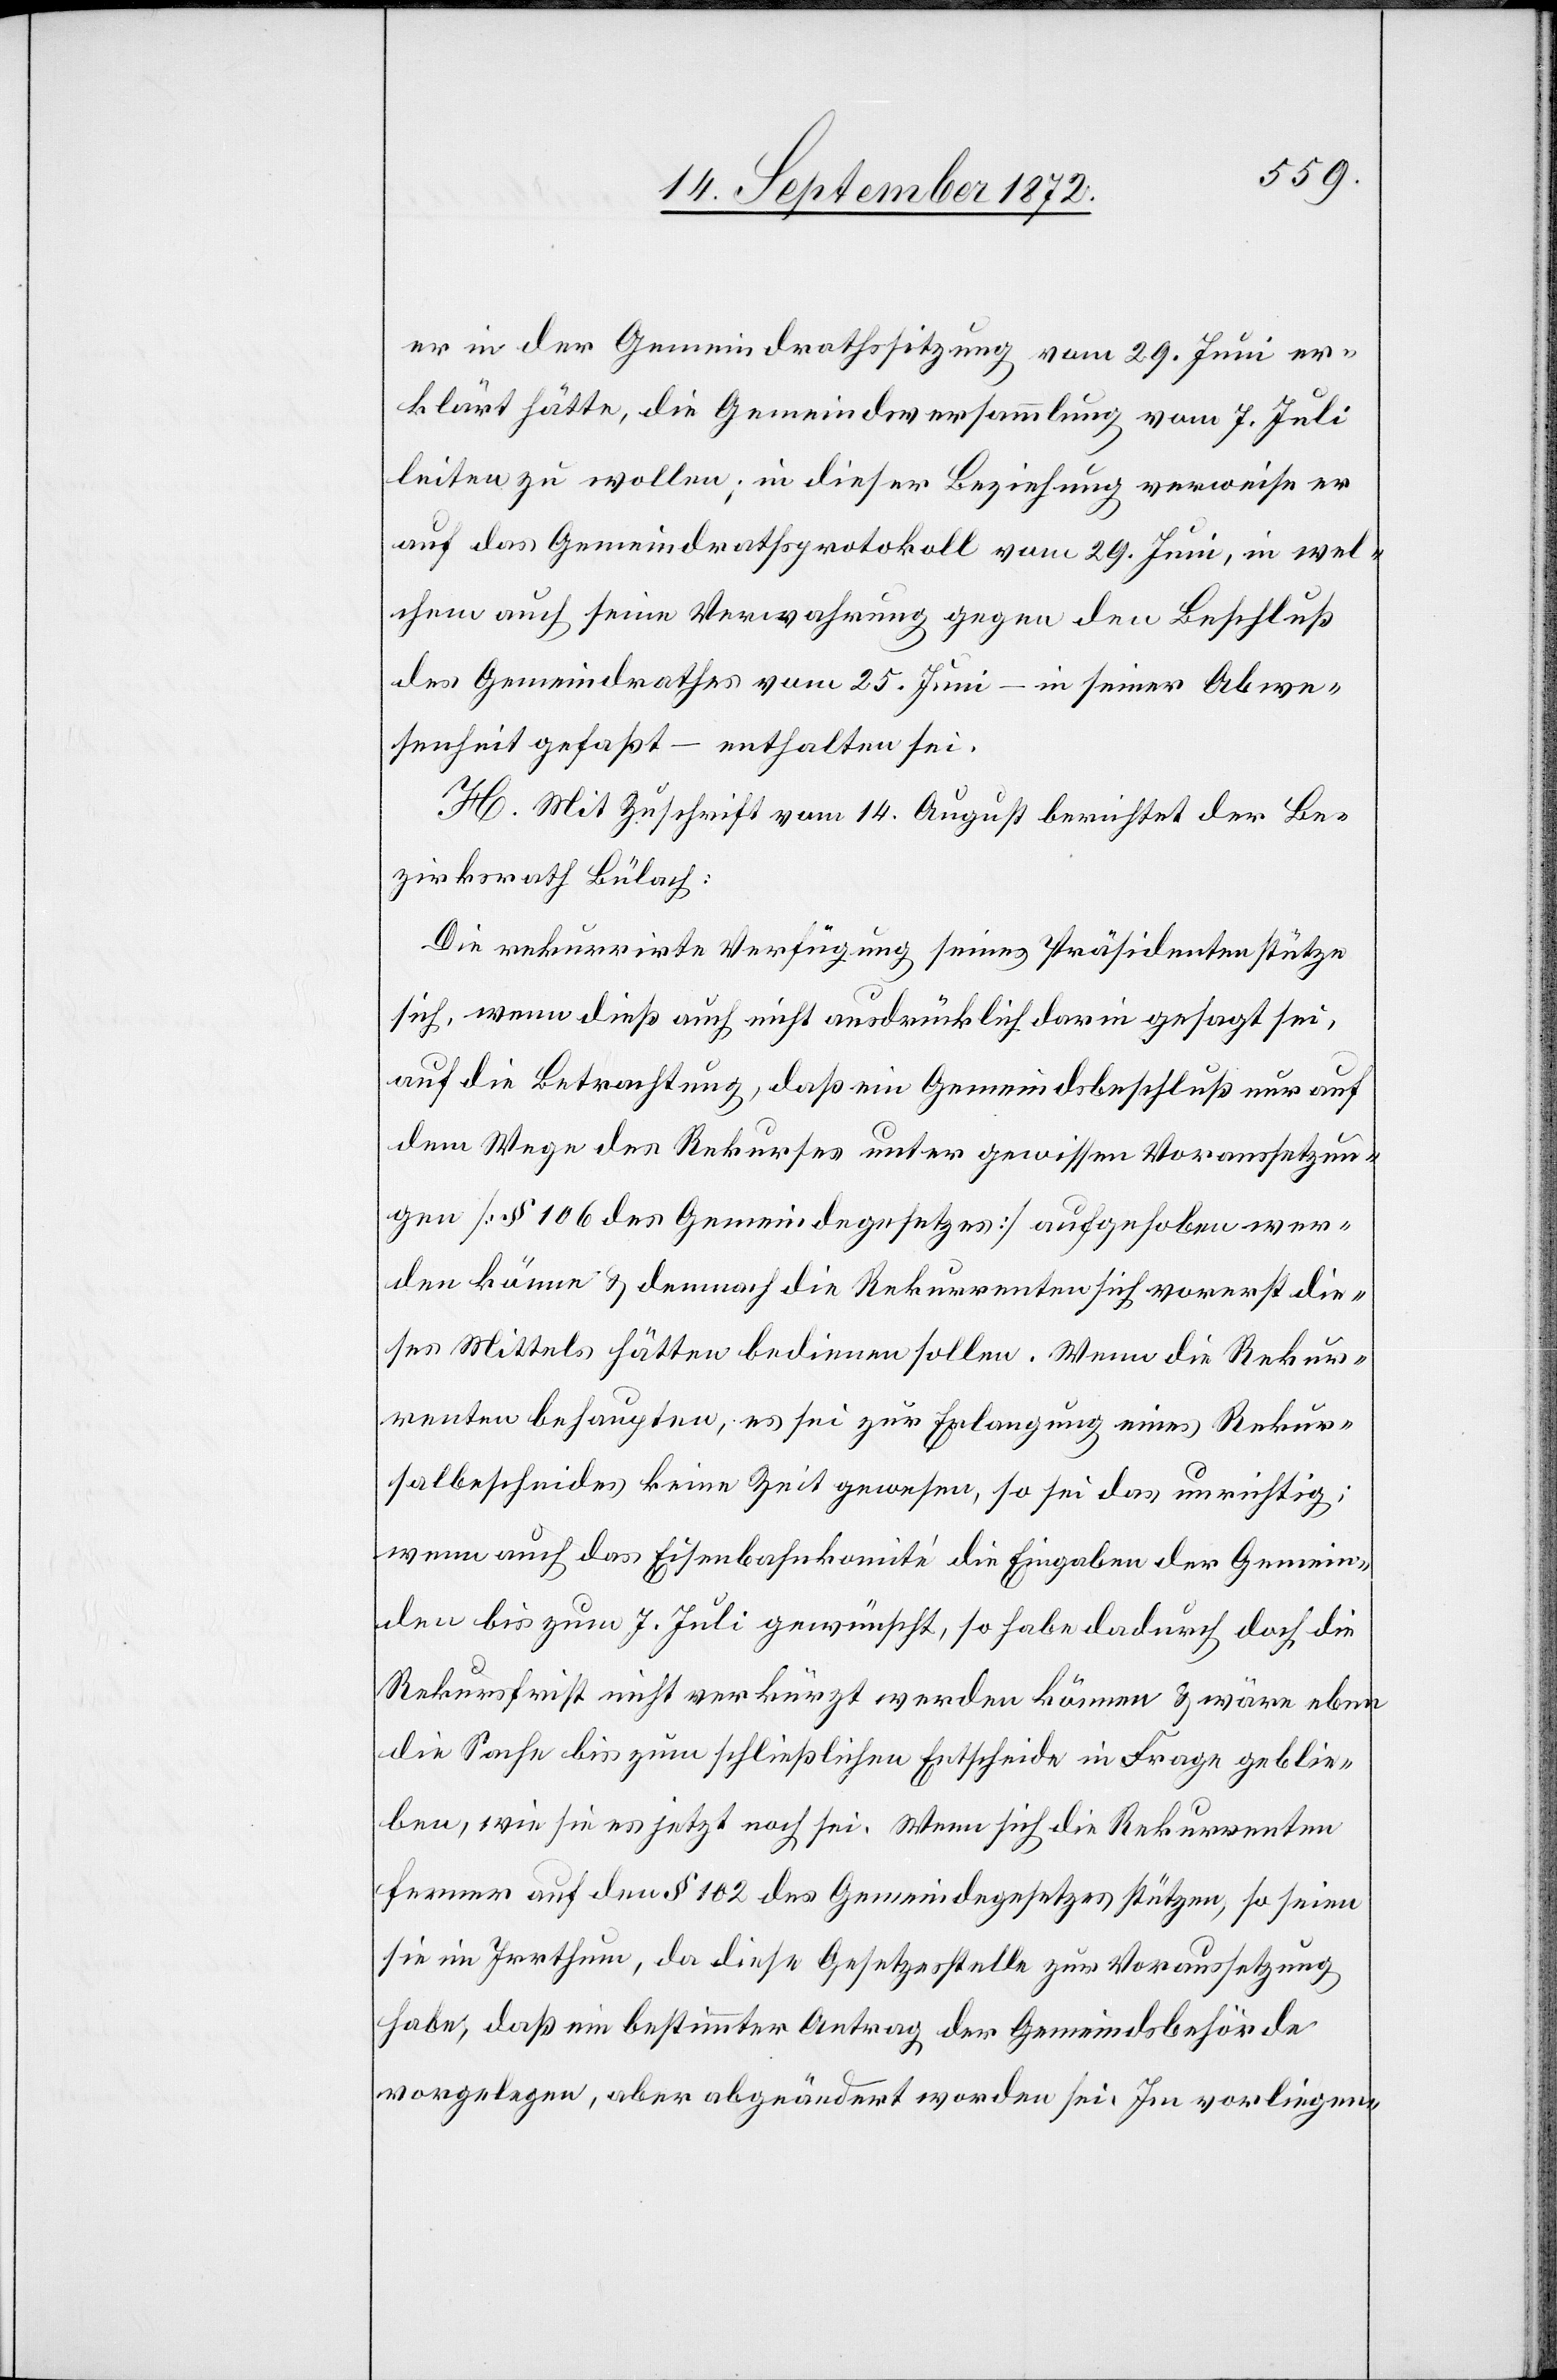
er in der Gemeindrathssitzung vom 29. Juni er¬
klärt hätte, die Gemeindsversammlung vom 7. Juli
leiten zu wollen; in dieser Beziehung verweise er
auf das Gemeindrathsprotokoll vom 29. Juni, in wel¬
chem auch seine Verwahrung gegen den Beschluß
des Gemeindrathes vom 25. Juni – in seiner Abwe¬
senheit gefaßt – enthalten sei.
H. Mit Zuschrift vom 14. August berichtet der Be¬
zirksrath Bülach:
Die rekurrirte Verfügung seines Präsidenten stütze
sich, wenn dieß auch nicht ausdrücklich darin gesagt sei,
auf die Betrachtung, daß ein Gemeindsbeschluß nur auf
dem Wege des Rekurses unter gewissen Voraussetzun¬
gen [§ 106 des Gemeindegesetzes] aufgehoben wer¬
den könne u. demnach die Rekurrenten sich vorerst die¬
ses Mittels hätten bedienen sollen. Wenn die Rekur¬
renten behaupten, es sei zur Erlangung eines Rekur¬
salentscheides keine Zeit gewesen, so sei das unrichtig;
wenn auch das Eisenbahnkomité die Eingaben der Gemein¬
den bis zum 7. Juli gewünscht, so habe dadurch doch die
Rekursfrist nicht verkürzt werden können u. wäre eben
die Sache bis zum schließlichen Entscheide in Frage geblie¬
ben, wie sie es jetzt noch sei. Wenn sich die Rekurrenten
fernern auf den § 102 des Gemeindegesetzes stützen, so seien
sie im Irrthum, da diese Gesetzstelle zur Voraussetzung
habe, daß ein bestimmter Antrag der Gemeindsbehörde
vorgelegen, aber abgeändert worden sei. Im vorliegen-